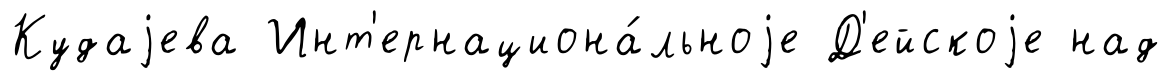
Кудаjева Инт'ернациона́льноjе Д'ейскоjе над